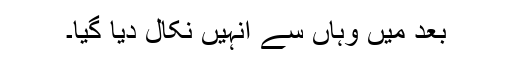
بعد میں وہاں سے انہیں نکال دیا گیا۔